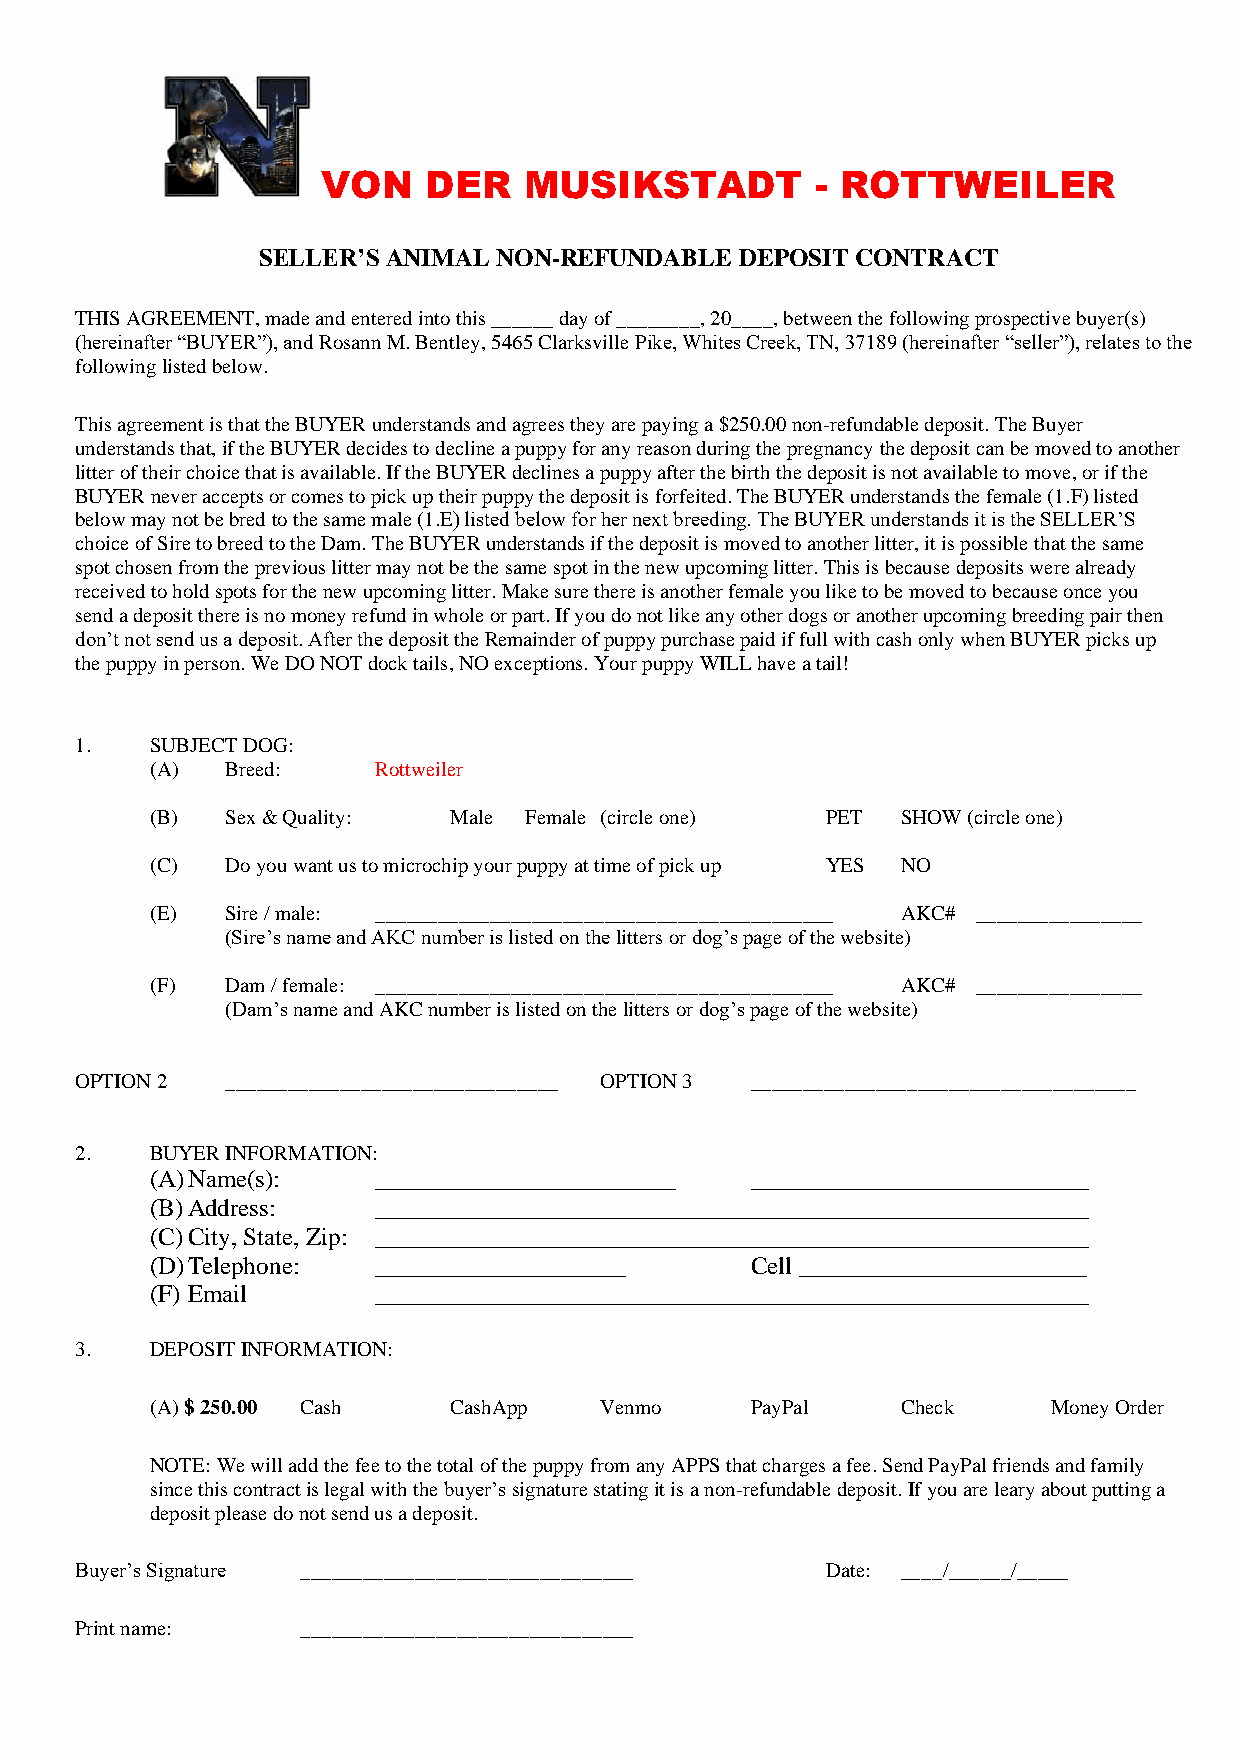
VON    DER    MUSIKSTADT         - ROTTWEILER
 SELLER’S ANIMAL NON-REFUNDABLE  DEPOSIT CONTRACT
 THIS AGREEMENT, made and entered into this ______ day of ________, 20____, between the following prospective buyer(s)
 (hereinafter “BUYER”), and Rosann M. Bentley, 5465 Clarksville Pike, Whites Creek, TN, 37189 (hereinafter “seller”), relates to the
 following listed below.
 This agreement is that the BUYER understands and agrees they are paying a $250.00 non-refundable deposit. The Buyer
 understands that, if the BUYER decides to decline a puppy for any reason during the pregnancy the deposit can be moved to another
 litter of their choice that is available. If the BUYER declines a puppy after the birth the deposit is not available to move, or if the
 BUYER never accepts or comes to pick up their puppy the deposit is forfeited. The BUYER understands the female (1.F) listed
 below may not be bred to the same male (1.E) listed below for her next breeding. The BUYER understands it is the SELLER’S
 choice of Sire to breed to the Dam. The BUYER understands if the deposit is moved to another litter, it is possible that the same
 spot chosen from the previous litter may not be the same spot in the new upcoming litter. This is because deposits were already
 received to hold spots for the new upcoming litter. Make sure there is another female you like to be moved to because once you
 send a deposit there is no money refund in whole or part. If you do not like any other dogs or another upcoming breeding pair then
 don’t not send us a deposit. After the deposit the Remainder of puppy purchase paid if full with cash only when BUYER picks up
 the puppy in person. We DO NOT dock tails, NO exceptions. Your puppy WILL have a tail!
 1.   SUBJECT DOG:
 (A)  Breed:    Rottweiler
 (B)  Sex & Quality: Male Female (circle one) PET  SHOW (circle one)
 (C)  Do you want us to microchip your puppy at time of pick up YES NO
 (E)  Sire / male: ____________________________________________ AKC# ________________
 (Sire’s name and AKC number is listed on the litters or dog’s page of the website)
 (F)  Dam / female: ____________________________________________ AKC# ________________
 (Dam’s name and AKC number is listed on the litters or dog’s page of the website)
 OPTION 2  ________________________________ OPTION 3 _____________________________________
 2.   BUYER INFORMATION:
 (A) Name(s):   ________________________ ___________________________
 (B) Address:   _________________________________________________________
 (C) City, State, Zip: _________________________________________________________
 (D) Telephone: ____________________     Cell _______________________
 (F) Email      _________________________________________________________
 3.   DEPOSIT INFORMATION:
 (A) $ 250.00 Cash   CashApp   Venmo     PayPal    Check     Money Order
 NOTE: We will add the fee to the total of the puppy from any APPS that charges a fee. Send PayPal friends and family
 since this contract is legal with the buyer’s signature stating it is a non-refundable deposit. If you are leary about putting a
 deposit please do not send us a deposit.
 Buyer’s Signature ________________________________ Date: ____/______/_____
 Print name:    ________________________________